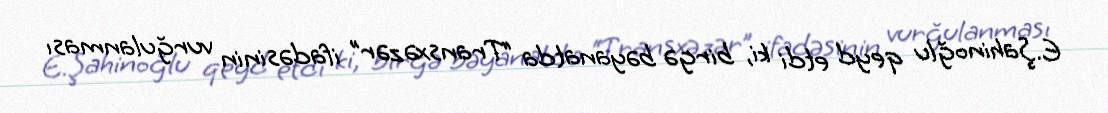
E.Şahinoğlu qeyd etdi ki, birgə bəyanatda “Transxəzər” ifadəsinin vurğulanması